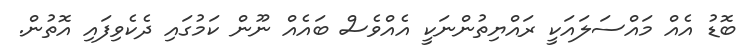
ބޮޑު އެއް މައްސަލައަކީ ރައްޔިތުންނަކީ އެއްވެސް ބައެއް ނޫން ކަމުގައި ދެކެވިފައި އޮތުން.